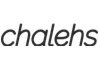
chalehs